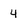
Character: 4